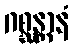
ဂစ္ဆန္တာနံ